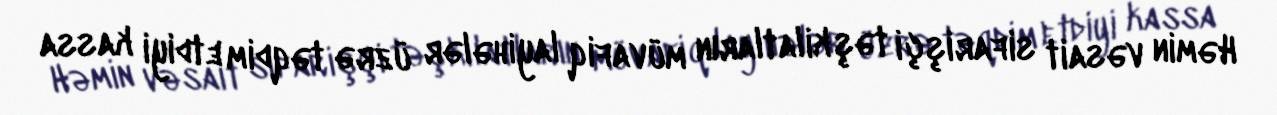
Həmin vəsait sifarişçi təşkilatların müvafiq layihələr üzrə təqdim etdiyi kassa